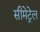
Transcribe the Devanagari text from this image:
सीमेट्रेल